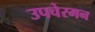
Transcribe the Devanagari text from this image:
उपचेरमन